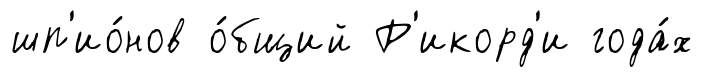
шп'ио́нов о́бщий Р'икорд'и года́х